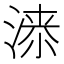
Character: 𱧰